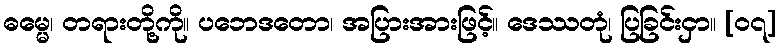
ဓမ္မေ၊ တရားတို့ကို။ ပဘေဒတော၊ အပြားအားဖြင့်။ ဒေဿတုံ၊ ပြခြင်းငှာ။ [၀၇]